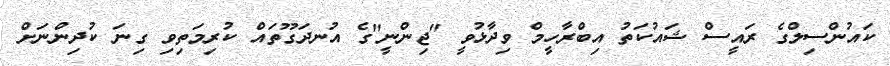
ކައުންސިލްގެ ރައީސް ޝައުކަތު އިބްރާހީމް ވިދާޅުވީ "ޖިންނީ"ގެ އުނދަގޫތައް ކުރިމަތިވި ގިނަ ކުދިންނަށް